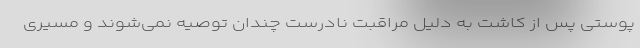
پوستی پس از کاشت به دلیل مراقبت نادرست چندان توصیه نمی‌شوند و مسیری